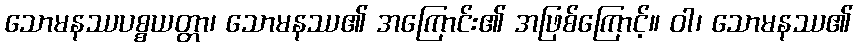
သောမနဿပစ္စယတ္တာ၊ သောမနဿ၏ အကြောင်း၏ အဖြစ်ကြောင့်။ ဝါ၊ သောမနဿ၏